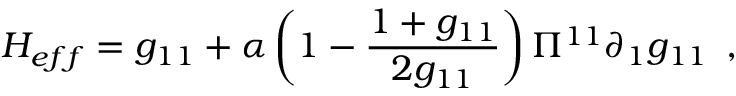
H _ { e f f } = g _ { 1 1 } + \alpha \left( 1 - \frac { 1 + g _ { 1 1 } } { 2 g _ { 1 1 } } \right) \Pi ^ { 1 1 } \partial _ { 1 } g _ { 1 1 } \, \, \, ,